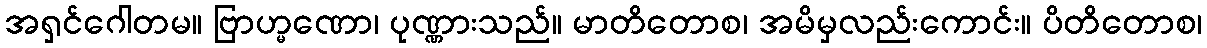
အရှင်ဂေါတမ။ ဗြာဟ္မဏော၊ ပုဏ္ဏားသည်။ မာတိတောစ၊ အမိမှလည်းကောင်း။ ပိတိတောစ၊